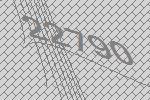
22790